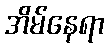
အိမ်နေရာ